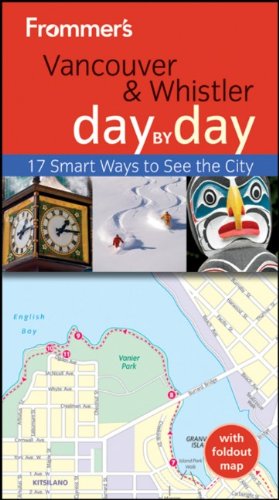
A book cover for Frommer's Vancouver and Whistler Day by Day (Frommer's Day by Day - Pocket); Remy Scalza; Travel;